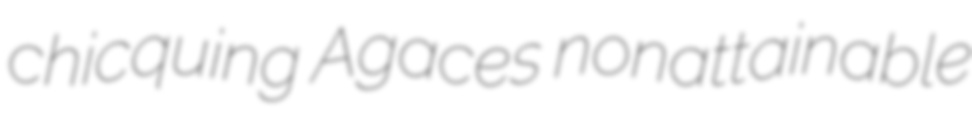
chicquing Agaces nonattainable